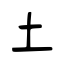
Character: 土